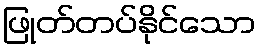
ဖြုတ်တပ်နိုင်သော